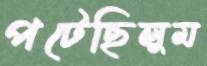
পটেছিলুম